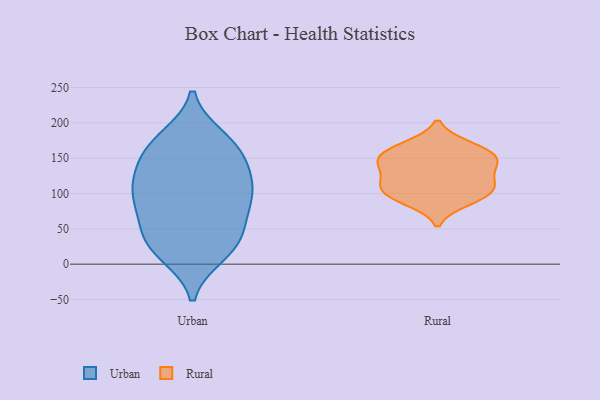
{"axis": {"x": "Latency (ms)", "y": "Value"}, "legend": ["Rural", "Urban"], "data": [{"x": "", "y": 92, "type": "Urban"}, {"x": "", "y": 50, "type": "Urban"}, {"x": "", "y": 107, "type": "Urban"}, {"x": "", "y": 77, "type": "Urban"}, {"x": "", "y": 108, "type": "Urban"}, {"x": "", "y": 172, "type": "Urban"}, {"x": "", "y": 56, "type": "Urban"}, {"x": "", "y": 109, "type": "Urban"}, {"x": "", "y": 179, "type": "Urban"}, {"x": "", "y": 26, "type": "Urban"}, {"x": "", "y": 136, "type": "Urban"}, {"x": "", "y": 151, "type": "Urban"}, {"x": "", "y": 19, "type": "Urban"}, {"x": "", "y": 14, "type": "Urban"}, {"x": "", "y": 171, "type": "Urban"}, {"x": "", "y": 96, "type": "Urban"}, {"x": "", "y": 146, "type": "Urban"}, {"x": "", "y": 34, "type": "Urban"}, {"x": "", "y": 154, "type": "Rural"}, {"x": "", "y": 89, "type": "Rural"}, {"x": "", "y": 105, "type": "Rural"}, {"x": "", "y": 168, "type": "Rural"}, {"x": "", "y": 121, "type": "Rural"}, {"x": "", "y": 94, "type": "Rural"}, {"x": "", "y": 164, "type": "Rural"}, {"x": "", "y": 145, "type": "Rural"}, {"x": "", "y": 141, "type": "Rural"}, {"x": "", "y": 145, "type": "Rural"}, {"x": "", "y": 116, "type": "Rural"}, {"x": "", "y": 106, "type": "Rural"}]}